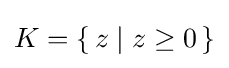
K=\{\,z\mid z\geq 0\,\}